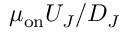
\mu _ { \mathrm { o n } } U _ { J } / D _ { J }